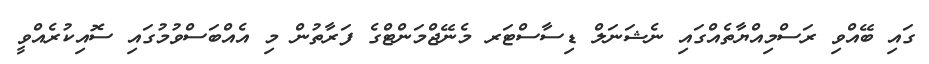
ގައި ބޭއްވި ރަސްމިއްޔާތެއްގައި ނެޝަނަލް ޑިސާސްޓަރ މެނޭޖްމަންޓްގެ ފަރާތުން މި އެއްބަސްވުމުގައި ސޮއިކުރެއްވީ